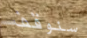
سنوقف